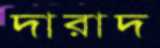
দারাদ